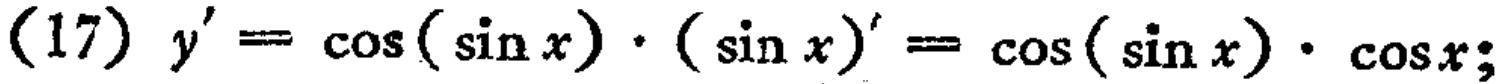
(17) \(y' = \cos(\sin x)\cdot (\sin x)' = \cos(\sin x)\cdot \cos x;\)